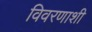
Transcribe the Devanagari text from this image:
विवरणाशी